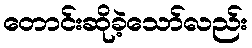
တောင်းဆိုခဲ့သော်လည်း